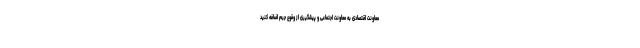
معاونت اقتصادی به معاونت اجتماعی و پیشگیری از وقوع جرم اضافه کنید